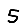
Digit: 5